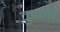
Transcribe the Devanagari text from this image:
कुळी।